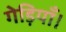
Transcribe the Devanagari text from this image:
गेड़ियाँ।